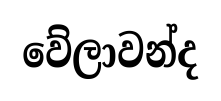
වේලාවන්ද